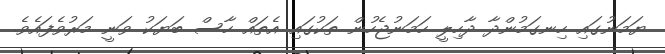
ޔަމަނުގައި ހިނގަމުންދާ ދާހިލީ ހަމަނުޖެހުން ތަކުގައި އެތައް ހާސް ބަޔަކު ވަނީ މަރުވެފައެވެ.